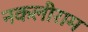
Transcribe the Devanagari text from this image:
नकलीराम